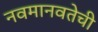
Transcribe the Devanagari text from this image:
नवमानवतेची